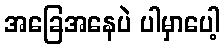
အခြေအနေပဲ ပါမှာပေါ့